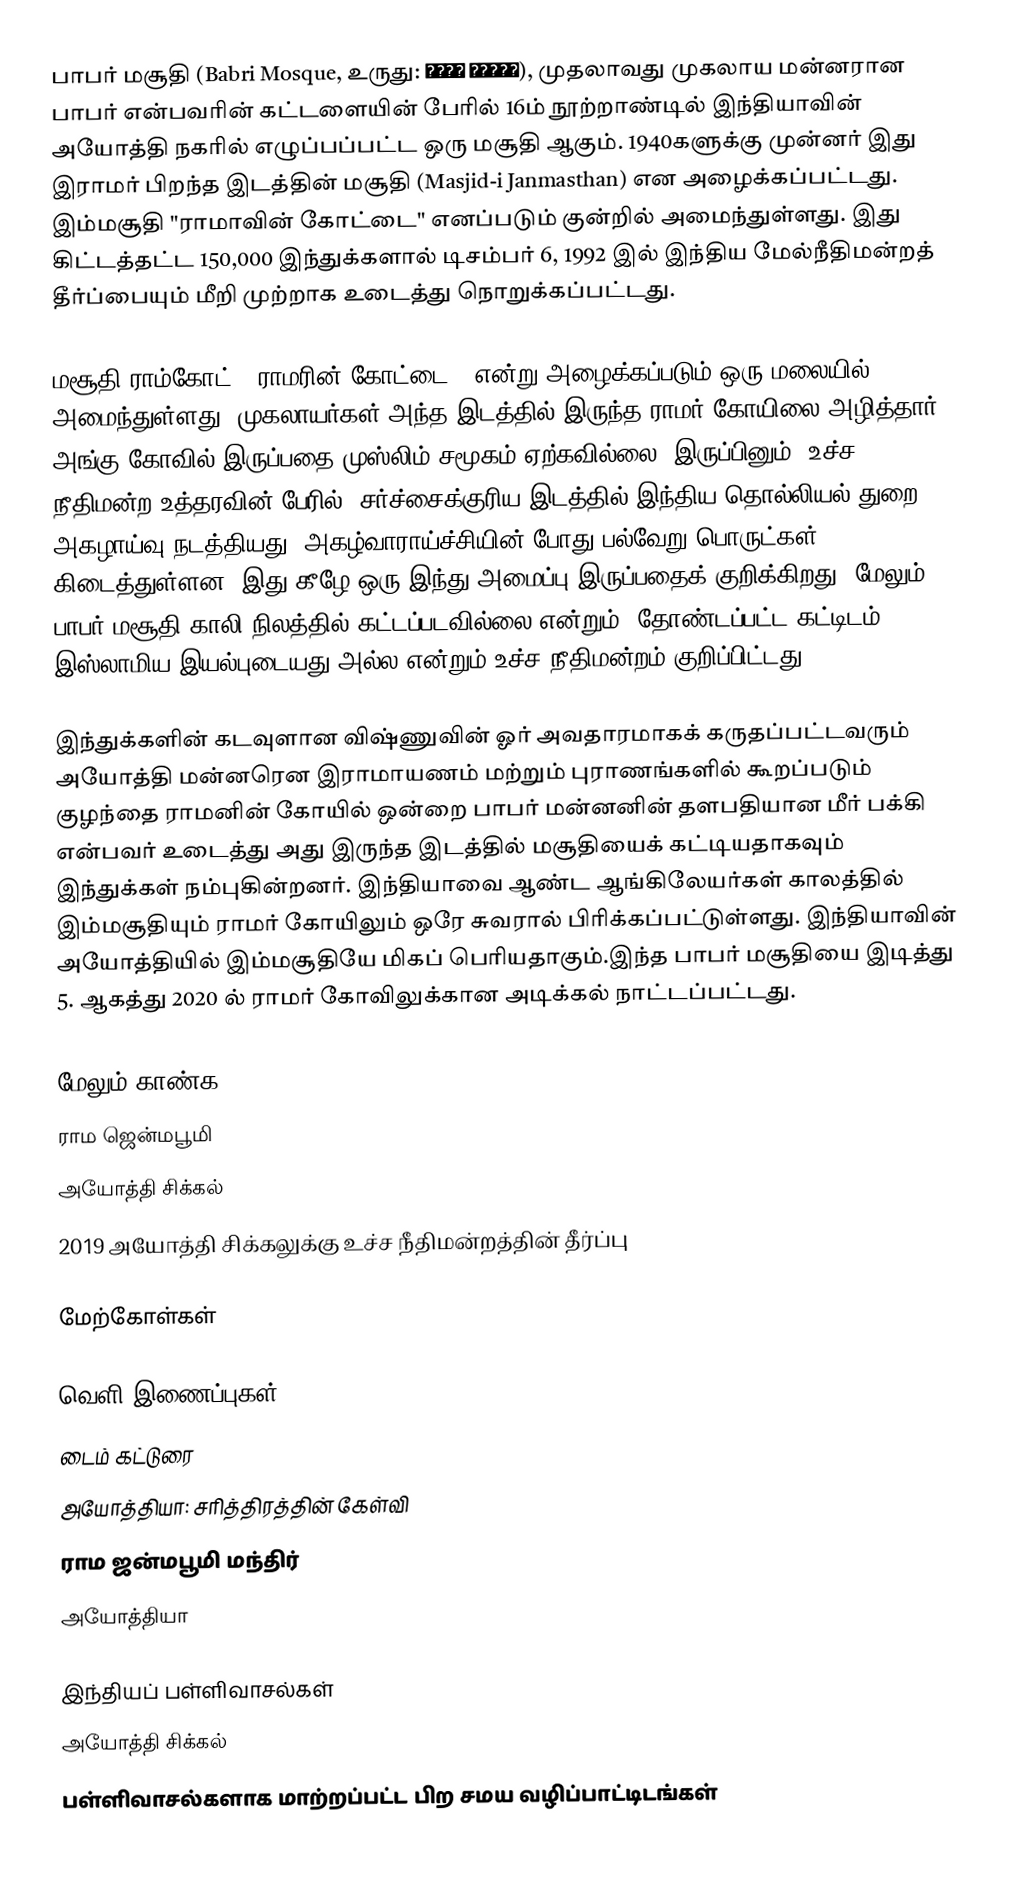
பாபர் மசூதி (Babri Mosque, உருது: بابری مسجد), முதலாவது முகலாய மன்னரான பாபர் என்பவரின் கட்டளையின் பேரில் 16ம் நூற்றாண்டில் இந்தியாவின் அயோத்தி நகரில் எழுப்பப்பட்ட ஒரு மசூதி ஆகும். 1940களுக்கு முன்னர் இது இராமர் பிறந்த இடத்தின் மசூதி (Masjid-i Janmasthan) என அழைக்கப்பட்டது. இம்மசூதி "ராமாவின் கோட்டை" எனப்படும் குன்றில் அமைந்துள்ளது. இது கிட்டத்தட்ட 150,000 இந்துக்களால் டிசம்பர் 6, 1992 இல் இந்திய மேல்நீதிமன்றத் தீர்ப்பையும் மீறி முற்றாக உடைத்து நொறுக்கப்பட்டது.

மசூதி ராம்கோட் ("ராமரின் கோட்டை") என்று அழைக்கப்படும் ஒரு மலையில் அமைந்துள்ளது. முகலாயர்கள் அந்த இடத்தில் இருந்த ராமர் கோயிலை அழித்தார். அங்கு கோவில் இருப்பதை முஸ்லிம் சமூகம் ஏற்கவில்லை. இருப்பினும், உச்ச நீதிமன்ற உத்தரவின் பேரில், சர்ச்சைக்குரிய இடத்தில் இந்திய தொல்லியல் துறை அகழாய்வு நடத்தியது. அகழ்வாராய்ச்சியின் போது பல்வேறு பொருட்கள் கிடைத்துள்ளன, இது கீழே ஒரு இந்து அமைப்பு இருப்பதைக் குறிக்கிறது. மேலும், பாபர் மசூதி காலி நிலத்தில் கட்டப்படவில்லை என்றும், தோண்டப்பட்ட கட்டிடம் இஸ்லாமிய இயல்புடையது அல்ல என்றும் உச்ச நீதிமன்றம் குறிப்பிட்டது.

இந்துக்களின் கடவுளான விஷ்ணுவின் ஓர் அவதாரமாகக் கருதப்பட்டவரும் அயோத்தி மன்னரென இராமாயணம் மற்றும் புராணங்களில் கூறப்படும் குழந்தை ராமனின் கோயில் ஒன்றை பாபர் மன்னனின் தளபதியான மீர் பக்கி என்பவர் உடைத்து அது இருந்த இடத்தில் மசூதியைக் கட்டியதாகவும் இந்துக்கள் நம்புகின்றனர். இந்தியாவை ஆண்ட ஆங்கிலேயர்கள் காலத்தில் இம்மசூதியும் ராமர் கோயிலும் ஒரே சுவரால் பிரிக்கப்பட்டுள்ளது. இந்தியாவின் அயோத்தியில் இம்மசூதியே மிகப் பெரியதாகும்.இந்த பாபர் மசூதியை இடித்து 5. ஆகத்து 2020 ல் ராமர் கோவிலுக்கான அடிக்கல் நாட்டப்பட்டது.

மேலும் காண்க
 ராம ஜென்மபூமி
 அயோத்தி சிக்கல்
 2019 அயோத்தி சிக்கலுக்கு உச்ச நீதிமன்றத்தின் தீர்ப்பு

மேற்கோள்கள்

வெளி இணைப்புகள்
 டைம் கட்டுரை
 அயோத்தியா: சரித்திரத்தின் கேள்வி
 ராம ஜன்மபூமி மந்திர்
 அயோத்தியா

இந்தியப் பள்ளிவாசல்கள்
அயோத்தி சிக்கல்
பள்ளிவாசல்களாக மாற்றப்பட்ட பிற சமய வழிப்பாட்டிடங்கள்